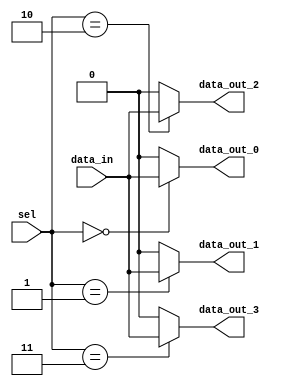
module demux(
    input wire [1:0] sel, // input selection line
    input wire data_in, // input signal
    output wire data_out_0, // output line 0
    output wire data_out_1, // output line 1
    output wire data_out_2, // output line 2
    output wire data_out_3 // output line 3
);

assign data_out_0 = (sel == 2'b00) ? data_in : 1'b0;
assign data_out_1 = (sel == 2'b01) ? data_in : 1'b0;
assign data_out_2 = (sel == 2'b10) ? data_in : 1'b0;
assign data_out_3 = (sel == 2'b11) ? data_in : 1'b0;

endmodule